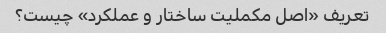
تعریف «اصل مکملیت ساختار و عملکرد» چیست؟